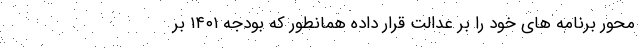
محور برنامه های خود را بر عدالت قرار داده همانطور که بودجه ۱۴۰۱ بر